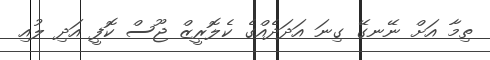
ތިމާ އަށް ނޭނގޭ ގިނަ އަދަދެއްގެ ކެލޮރީޒް ޖޫސް ކޮފީ އަދި ލުއި